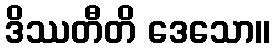
ဒိဿတီတိ ဒေသော။